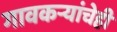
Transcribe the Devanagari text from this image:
गावकऱ्यांचेही